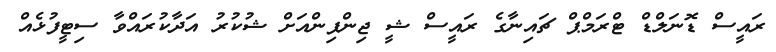
ރައީސް ޑޮނަލްޑް ޓްރަމްޕް ޗައިނާގެ ރައީސް ޝީ ޖިންޕިންއަށް ޝުކުރު އަދާކުރައްވާ ސިޓީފުޅެއް